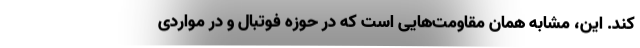
کند. این، مشابه همان مقاومت‌هایی است که در حوزه فوتبال و در مواردی